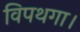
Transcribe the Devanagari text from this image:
विपथगा।